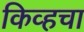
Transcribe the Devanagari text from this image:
किव्हचा